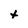
Character: t